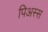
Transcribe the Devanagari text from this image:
पिअस्स